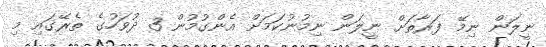
ނީލަން ނިމޭ ފަރާތަށް ނީލަން ނިމުނުކަމަށް އެންގުމުން 3 ދުވަހުގެ ތެރޭގައި މި